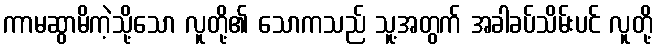
ကာမဆွာမိကဲ့သို့သော လူတို့၏ သောကသည် သူ့အတွက် အခါခပ်သိမ်းပင် လူတို့